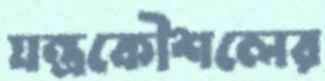
যন্ত্রকৌশলের